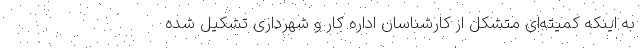
به اینکه کمیته‌ای متشکل از کارشناسان اداره کار و شهرداری تشکیل شده